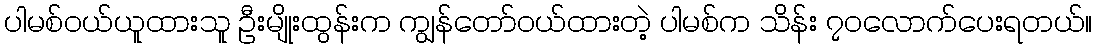
ပါမစ်ဝယ်ယူထားသူ ဦးမျိုးထွန်းက ကျွန်တော်ဝယ်ထားတဲ့ ပါမစ်က သိန်း ၇၀လောက်ပေးရတယ်။